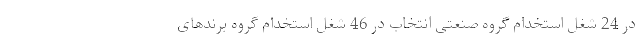
در 24 شغل استخدام گروه صنعتی انتخاب در 46 شغل استخدام گروه برندهای